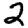
Digit: 2